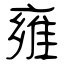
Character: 雍